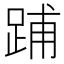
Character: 𨁏